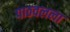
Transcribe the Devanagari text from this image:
पाठवलला